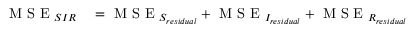
\begin{array} { r l } { \mathrm { ~ M ~ S ~ E ~ } _ { S I R } } & { { } = \mathrm { ~ M ~ S ~ E ~ } _ { S _ { r e s i d u a l } } + \mathrm { ~ M ~ S ~ E ~ } _ { I _ { r e s i d u a l } } + \mathrm { ~ M ~ S ~ E ~ } _ { R _ { r e s i d u a l } } } \end{array}